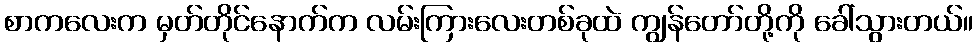
စာကလေးက မှတ်တိုင်နောက်က လမ်းကြားလေးတစ်ခုထဲ ကျွန်တော်တို့ကို ခေါ်သွားတယ်။